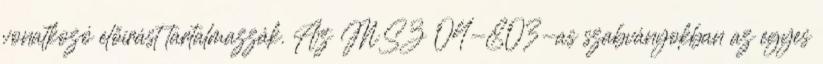
vonatkozó előírást tartalmazzák. Az MSZ 04-803-as szabványokban az egyes